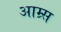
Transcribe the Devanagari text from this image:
आम्र्स